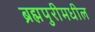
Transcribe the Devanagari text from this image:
ब्रह्मपुरीमधील